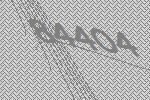
84404